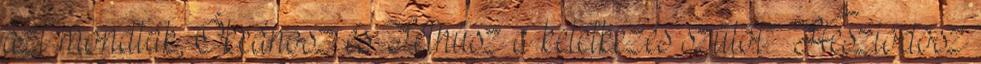
azt mondták, Ókeánosz és Téthüsz a keletkezés szülői” Hésziodosz